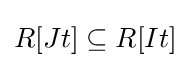
R[Jt]\subseteq R[It]